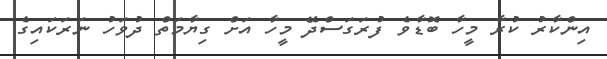
އިންކާރު ކުރާ މީހާ ބޮޑާވެ ފުރަގަސްދޭ މީހާ އަށް ގިޔާމަތް ދުވަހު ނަރަކައިގެ